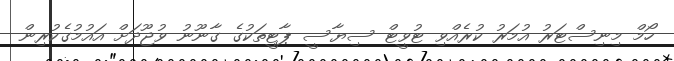
ހޯމް މިނިސްޓަރު އުމަރު ކުރެއްވި ޓުވީޓް ސިޔާސީ ޕާޓީތަކުގެ ގާނޫނު ވުޖޫދަށް އައުމުގެކުރިން